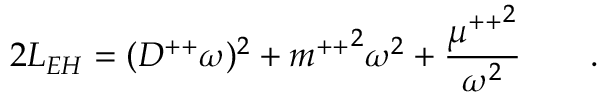
2 L _ { E H } = ( D ^ { + + } \omega ) ^ { 2 } + { m ^ { + + } } ^ { 2 } \omega ^ { 2 } + { \frac { { \mu ^ { + + } } ^ { 2 } } { \omega ^ { 2 } } } \qquad .